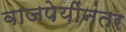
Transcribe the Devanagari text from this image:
वाजपेयींनंतर